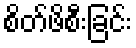
စိတ်ဖိစီးခြင်း